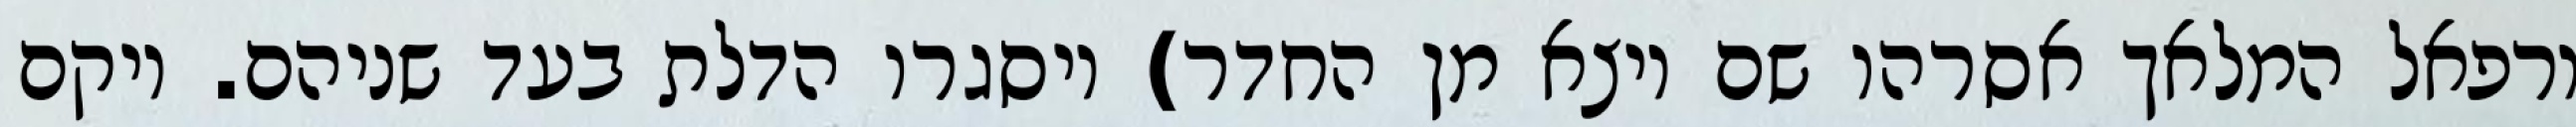
ורפאל המלאך אסרהו שם ויצא מן החדר) ויסגרו הדלת בעד שניהם. ויקם